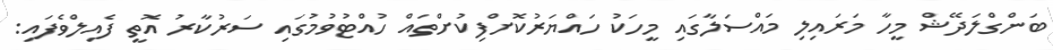
ބަންގްލަދޭޝް މީހާ މަރައިލި މައްސަލާގައި މީހަކު ހައްޔަރުކޮށްފިކުށްތައް ހުއްޓުވުމުގައި ސަރުކާރު އޮތީ ފެއިލްވެފައި: